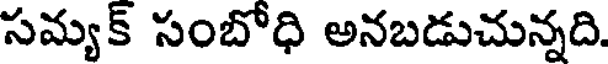
సమ్యక్ సంబోధి అనబడుచున్నది.